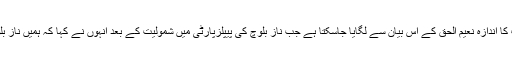
پی ٹی آئی میں ایک عام کارکن کی کتنی عزت ہے اس بات کا اندازہ نعیم الحق کے اس بیان سے لگایا جاسکتا ہے جب ناز بلوچ کی پیپلزپارٹی میں شمولیت کے بعد انہوں نے کہا کہ ہمیں ناز بلوچ کے جانے سے فرق نہیں پڑتا وہ ایک عام کارکن تھیں۔